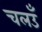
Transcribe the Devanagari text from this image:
चलउँ